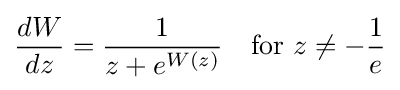
{\frac {dW}{dz}}={\frac {1}{z+e^{W(z)}}}\quad {\text{for }}z\neq -{\frac {1}{e}}